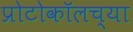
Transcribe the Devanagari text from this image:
प्रोटोकॉलच्या